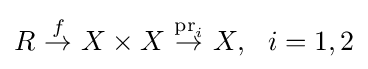
R\ {\overset {f}{\to }}\ X\times X\ {\overset {\operatorname {pr} _{i}}{\to }}\ X,\ \ i=1,2